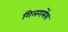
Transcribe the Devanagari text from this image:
गिलगमेंश